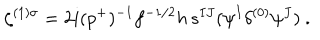
\zeta ^ { ( 1 ) \sigma } = 2 i ( p ^ { + } ) ^ { - 1 } f ^ { - 1 / 2 } h \, s ^ { I J } ( \psi ^ { I } \delta ^ { ( 0 ) } \psi ^ { J } ) ~ .